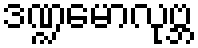
ဒဏ္ဍမောလုဗ္ဘ